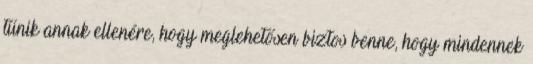
tűnik annak ellenére, hogy meglehetősen biztos benne, hogy mindennek